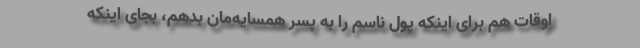
اوقات هم برای اینکه پول ناسم را به پسر همسایه‌مان بدهم، بجای اینکه